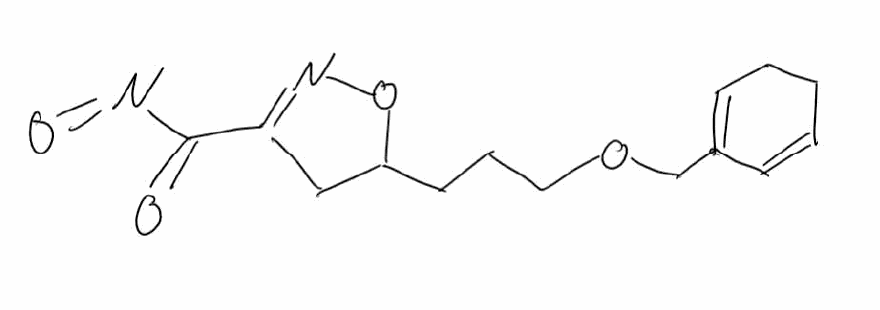
Simplified molecular-input line-entry system (SMILES) notation of the given molecule:
C1CC=C(C=C1)COCCCC2CC(=NO2)C(=O)N=O